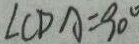
\angle C D A = 9 0 ^ { \circ }